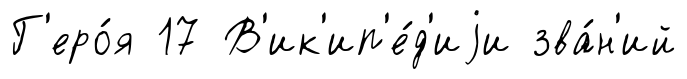
Г'еро́я 17 В'ик'ип'е́д'иjи зва́н'ий